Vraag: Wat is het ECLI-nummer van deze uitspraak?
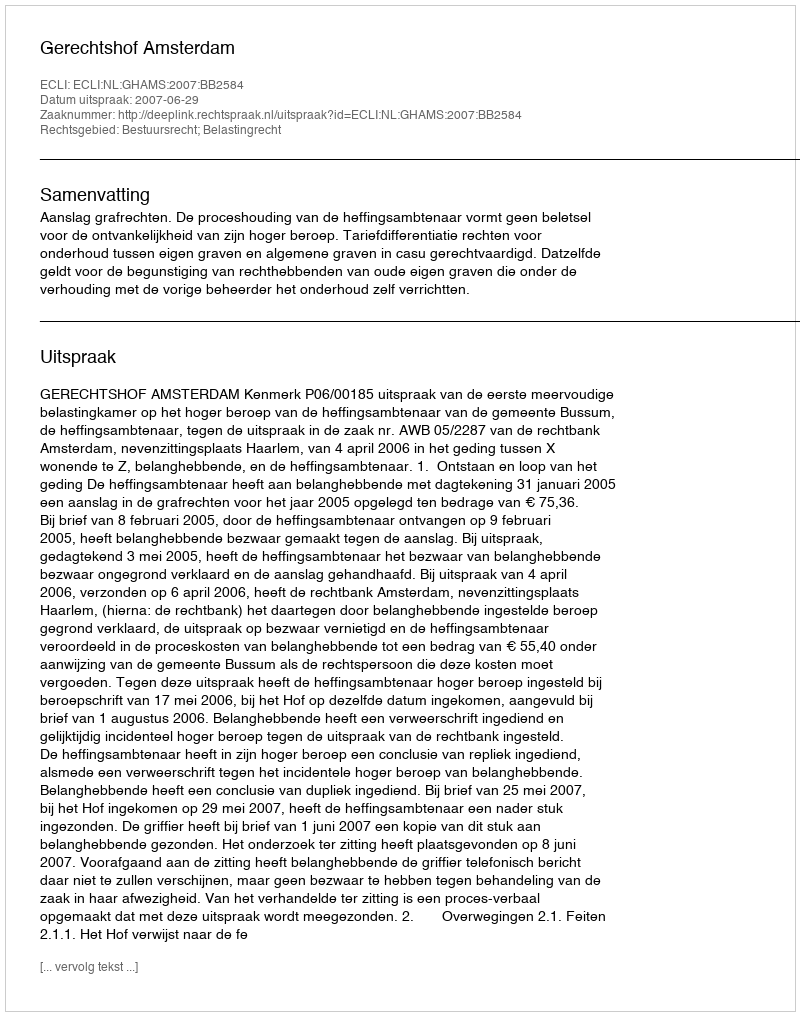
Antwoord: ECLI:NL:GHAMS:2007:BB2584